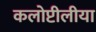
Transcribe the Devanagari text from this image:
कलोप्टीलीया